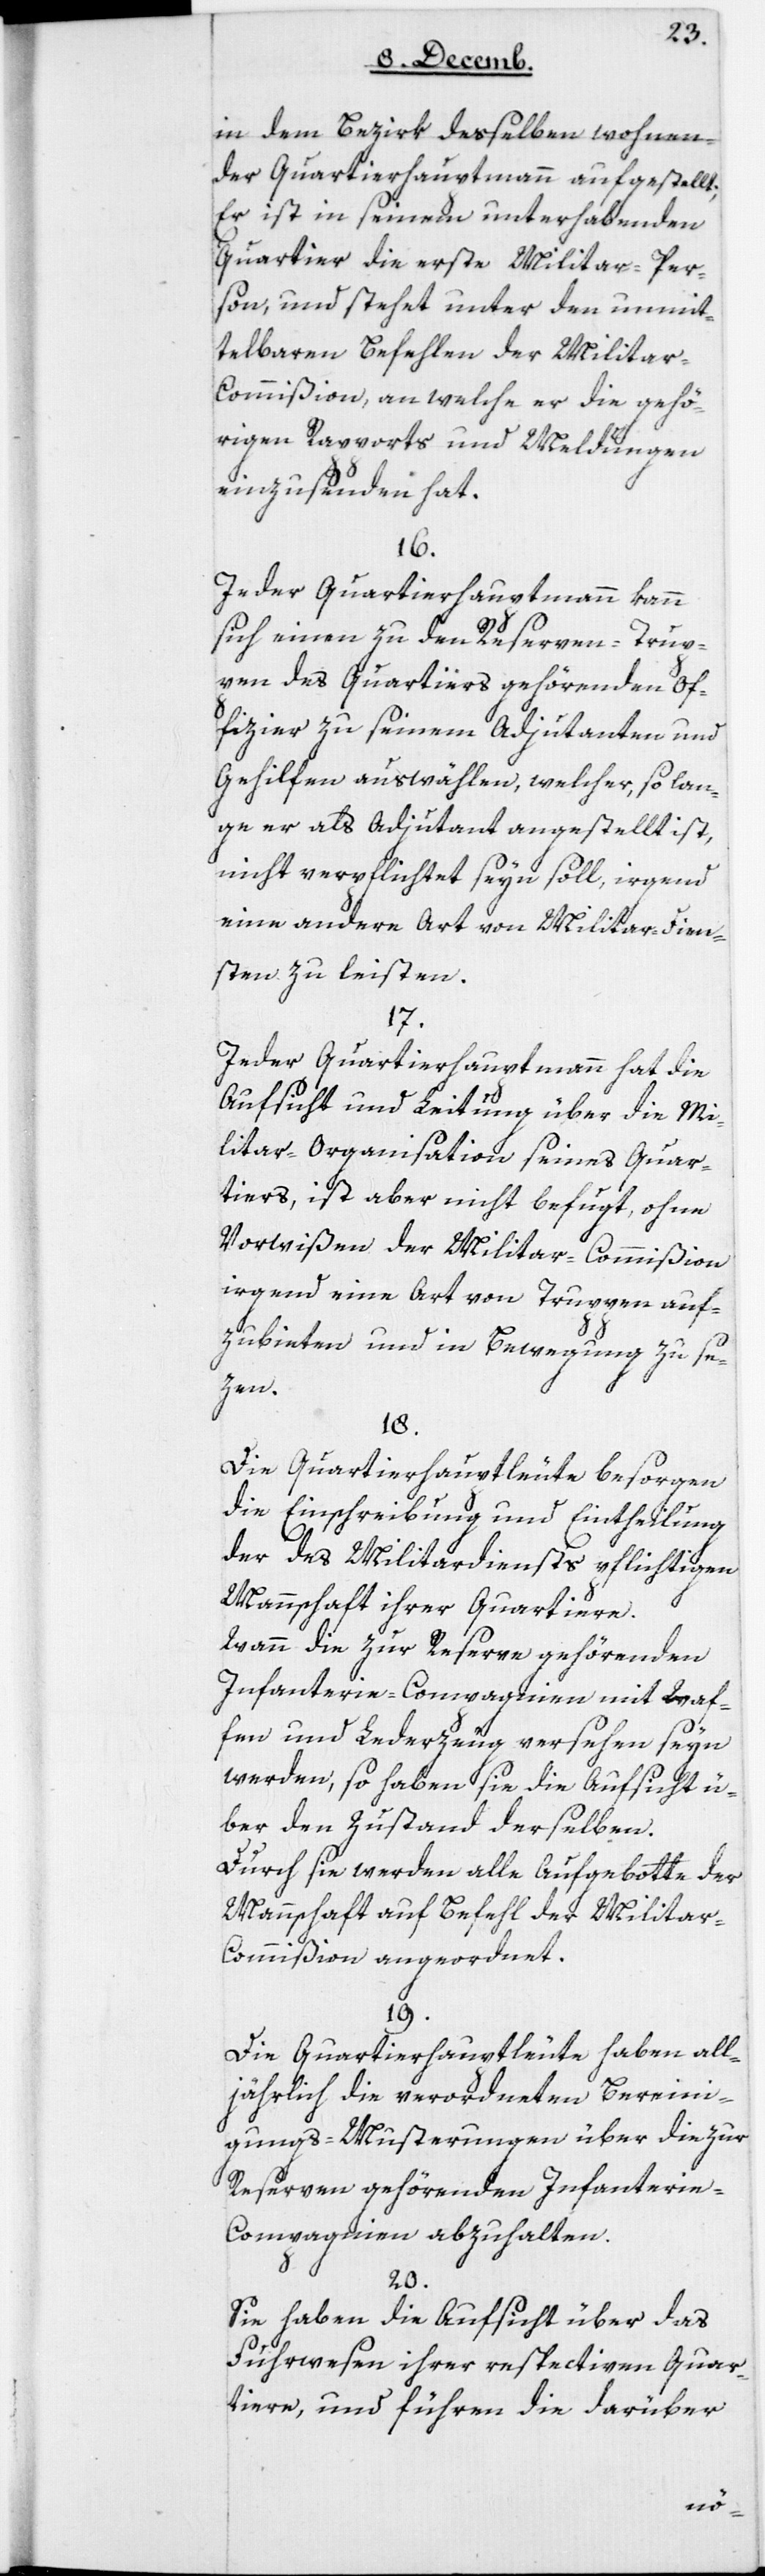
in dem Bezirk deßelben wohnen¬
der Quartierhauptmann aufgestellt.
Er ist in seinem unterhabendem
Quartier die erste Militar-Per¬
son, und stehet unter den unmit¬
telbaren Befehlen der Milita¬
r-Commißion, an welche er die gehö¬
rigen Rapports und Meldungen
einzusenden hat.
16.
Jeder Quartierhauptmann kann
sich einen zu den Reserven-Trup¬
pen des Quartiers gehörenden Of¬
ficier zu seinem Adjudanten und
Gehilfen auswählen, welcher, so lan¬
ge er als Adjudant angestellt ist,
nicht verpflichtet seyn soll, irgend
eine andere Art von Militar-Dien¬
sten zu leisten.
17.
Jeder Quartierhauptmann hat die
Aufsicht und Leitung über die Mi¬
litar-Organisation seines Quar¬
tiers, ist aber nicht befugt, ohne
Vorwißen der Militar-Commißion
irgend eine Art von Truppen auf¬
zubieten und in Bewegung zu se¬
tzen.
18.
Die Quartierhauptleute besorgen
die Einschreibung und Eintheilung
der des Militardiensts pflichtigen
Mannschaft ihrer Quartiere.
Wann die zur Reserve gehörenden
Infanterie-Compagnien mit Waf¬
fen und Lederzeug versehen seyn
werden, so haben sie die Aufsicht ü¬
ber den Zustand derselben.
Durch sie werden alle Aufgebotte der
Mannschaft auf Befehl der Milita¬
r-Commißion angeordnet.
19.
Die Quartierhauptleute haben all¬
jährlich die verordneten Bereini¬
gungs-Musterungen über die zur
Reserven gehörenden Infanteri¬
e-Compagnien abzuhalten.
20.
Sie haben die Aufsicht über das
Fuhrwesen ihrer respectiven Quar¬
tiere, und führen die darüber